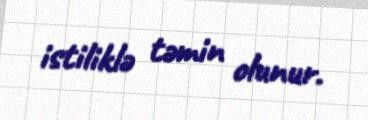
istiliklə təmin olunur.